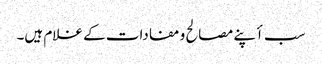
سب أپنے مصالح و مفادات کے غلام ہیں۔